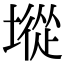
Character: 㙡